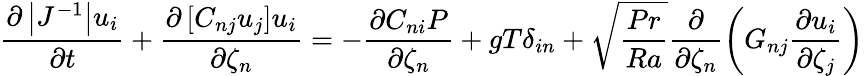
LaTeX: \frac{\partial\left|J^{-1}\right|u_{i}}{\partial t}+\frac{\partial\left[C_{nj}u_{j}\right]u_{i}}{\partial\zeta_{n}}=-\frac{\partial C_{ni}P}{\partial\zeta_{n}}+gT\delta_{in}+\sqrt{\frac{Pr}{Ra}}\frac{\partial}{\partial\zeta_{n}}\left(G_{nj}\frac{\partial u_{i}}{\partial\zeta_{j}}\right)